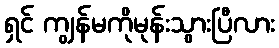
ရှင် ကျွန်မကိုမုန်းသွားပြီလား